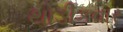
થોડીકવાર